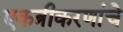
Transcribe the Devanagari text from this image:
एकत्रीकरणांचे